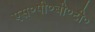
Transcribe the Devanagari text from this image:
एस॰पी॰बी॰टी॰